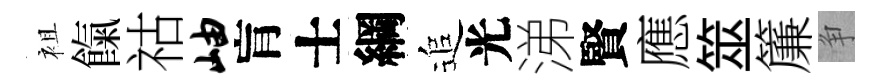
袓餼祜岫肓士綱追光涕賢應筮簾争